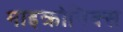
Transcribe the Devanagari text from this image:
माइक्रोनिक्स